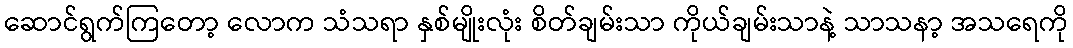
ဆောင်ရွက်ကြတော့ လောက သံသရာ နှစ်မျိုးလုံး စိတ်ချမ်းသာ ကိုယ်ချမ်းသာနဲ့ သာသနာ့ အသရေကို